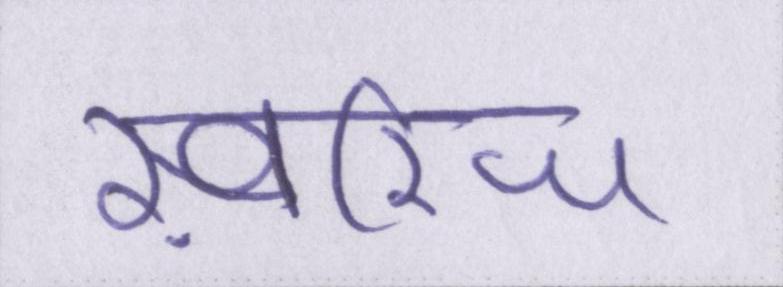
ख़ारिज